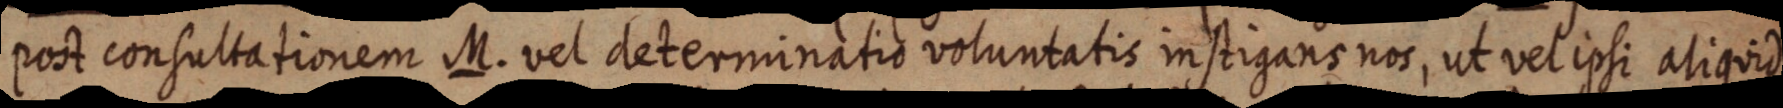
post consultationem M. vel determinatio voluntatis instigans nos, ut vel ipsi aliquid